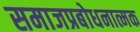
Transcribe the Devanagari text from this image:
समाजप्रबोधनात्मक